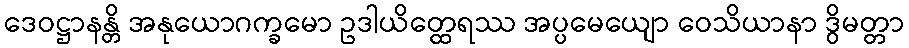
ဒေဝဋ္ဌာနန္တိ အနုယောဂက္ခမော ဥဒါယိတ္ထေရဿ အပ္ပမေယျော ဝေသိယာနာ ဒွိမတ္တာ